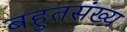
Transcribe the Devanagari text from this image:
बहुतसंख्य